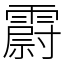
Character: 霨